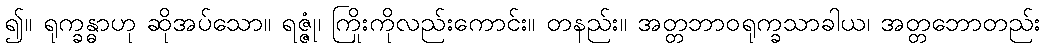
၍။ ရုက္ခန္ဓာဟု ဆိုအပ်သော။ ရဇ္ဇုံ၊ ကြိုးကိုလည်းကောင်း။ တနည်း။ အတ္တဘာဝရုက္ခသာခါယ၊ အတ္တဘောတည်း